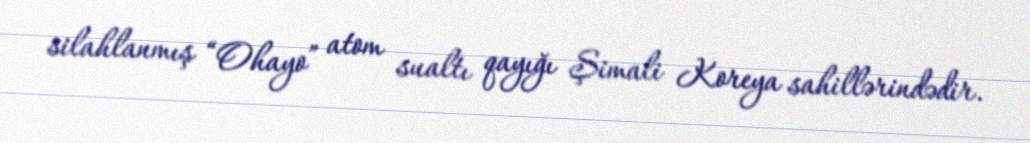
silahlanmış “Ohayo” atom sualtı qayığı Şimali Koreya sahillərindədir.